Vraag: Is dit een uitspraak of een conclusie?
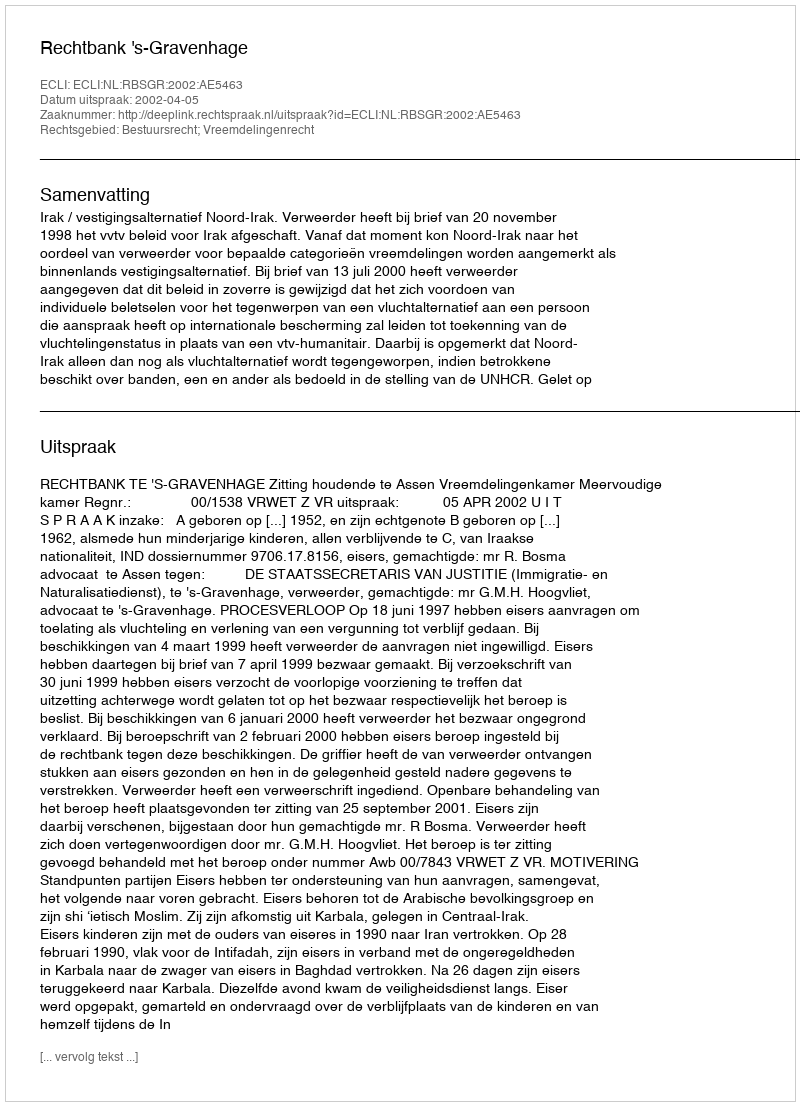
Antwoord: Uitspraak